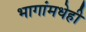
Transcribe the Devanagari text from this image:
भागांमधेही